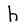
Character: h